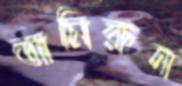
আমিরুন